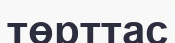
төрттас